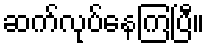
ဆက်လုပ်နေကြပြီ။